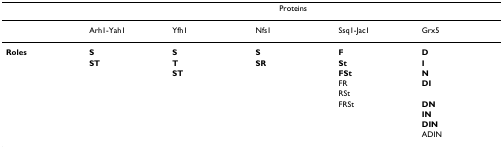
|  | <COLSPAN=5> Proteins |
 | --- | --- | --- | --- | --- | --- |
 |  | Arh1-Yah1 | Yfh1 | Nfs1 | Ssq1-Jac1 | Grx5 |
 | Roles | S | S | S | F | D |
 |  | ST | T | SR | St | I |
 |  |  | ST |  | FSt | N |
 |  |  |  |  | FR | DI |
 |  |  |  |  | RSt |  |
 |  |  |  |  | FRSt | DN |
 |  |  |  |  |  | IN |
 |  |  |  |  |  | DIN |
 |  |  |  |  |  | ADIN |